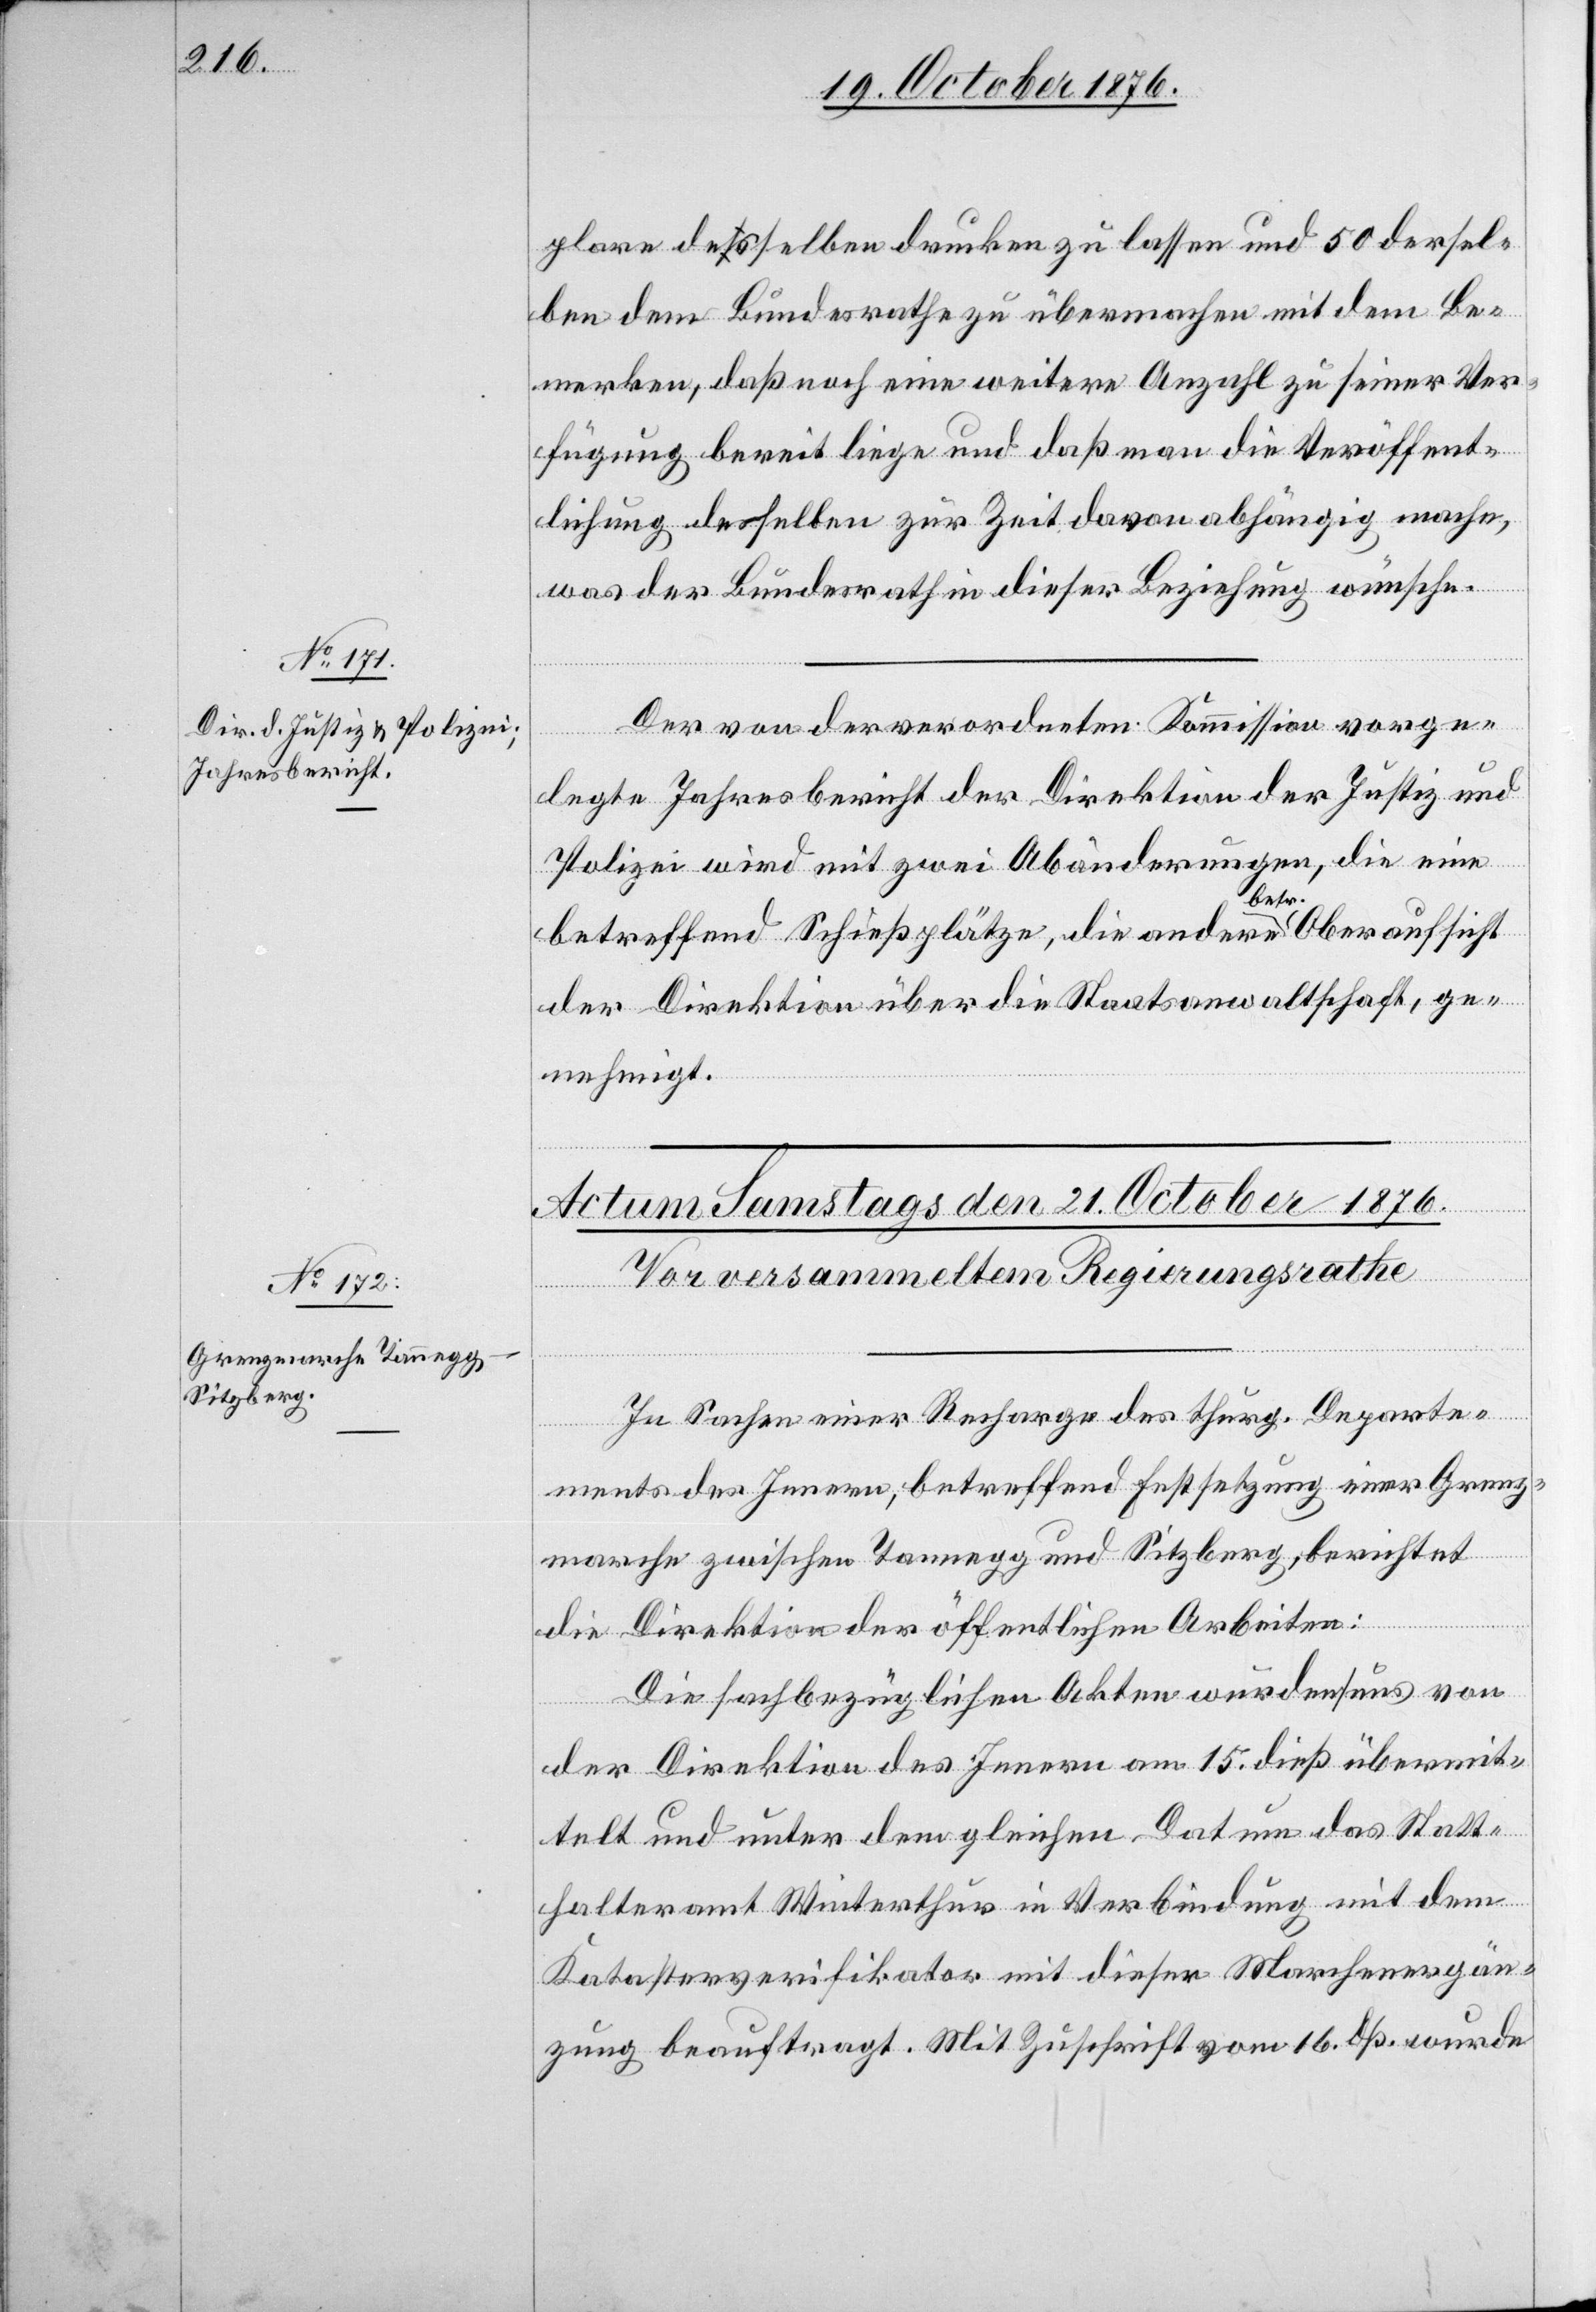
plare desselben drucken zu lassen und 50 dersel¬
ben dem Bundesrathe zu übermachen mit dem Be¬
merken, daß noch eine weitere Anzahl zu seiner Ver¬
fügung bereit liege und daß man die Veröffent¬
lichung desselben zur Zeit davon abhängig mache,
was der Bundesrath in dieser Beziehung wünsche.
Der von der verordneten Kommission vorge¬
legte Jahresbericht der Direktion der Justiz und
Polizei wird mit zwei Abänderungen, die eine
betreffend Schießplätze, die andere betr. Oberansicht
der Direktion über die Staatsanwaltschaft, ge¬
nehmigt.
In Sachen einer Recharge des thurg. Departe¬
ments des Innern, betreffend Festsetzung einer Grenz¬
marche zwischen Tannegg und Sitzberg, berichtet
die Direktion der öffentlichen Arbeiten:
Die sachbezüglichen Akten wurden uns von
der Direktion des Innern am 15. dieß übermit¬
telt und unter dem gleichen Datum das Statt¬
halteramt Winterthur in Verbindung mit dem
Katasterverifikator mit dieser Marchenergän¬
zung beauftragt. Mit Zuschrift vom 16. dß. wurde